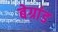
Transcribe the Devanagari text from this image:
बेग्रांड